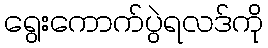
ရွေးကောက်ပွဲရလဒ်ကို